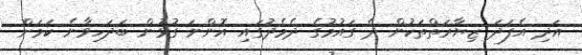
އަދި އެފަދަ ޒިޔާރަތްތަކުން ދެ ގައުމުގެ ދެމެދުގައި އޮންނަ ގުޅުން ބަދަހިވާނެ ކަމަށް